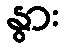
နွား